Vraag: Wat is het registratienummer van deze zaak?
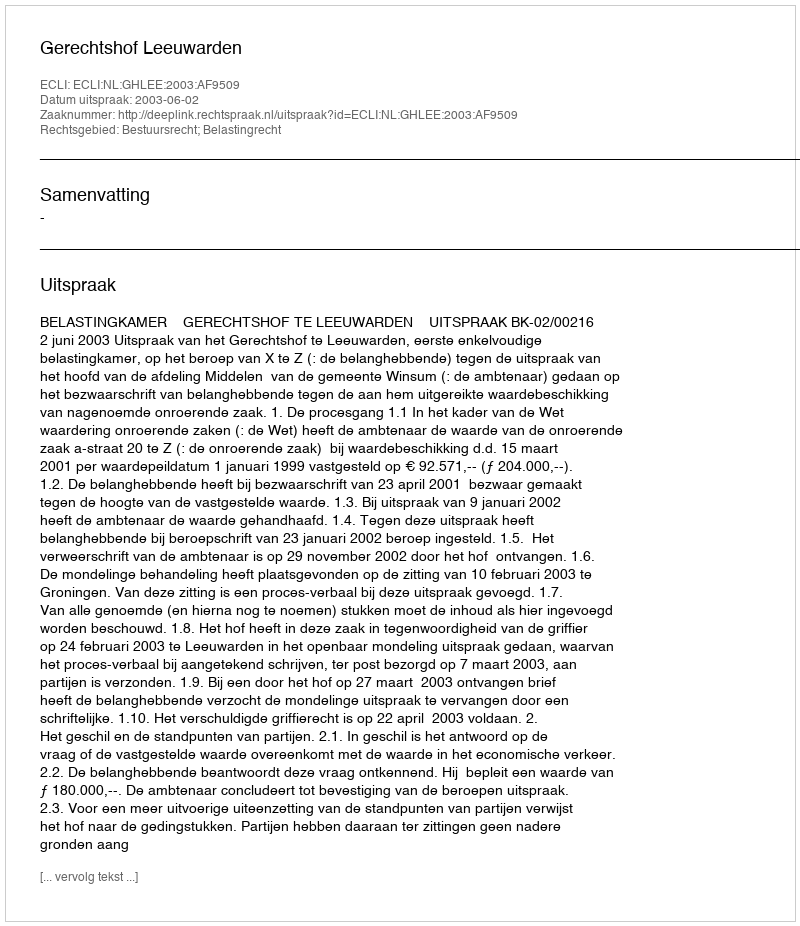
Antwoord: http://deeplink.rechtspraak.nl/uitspraak?id=ECLI:NL:GHLEE:2003:AF9509